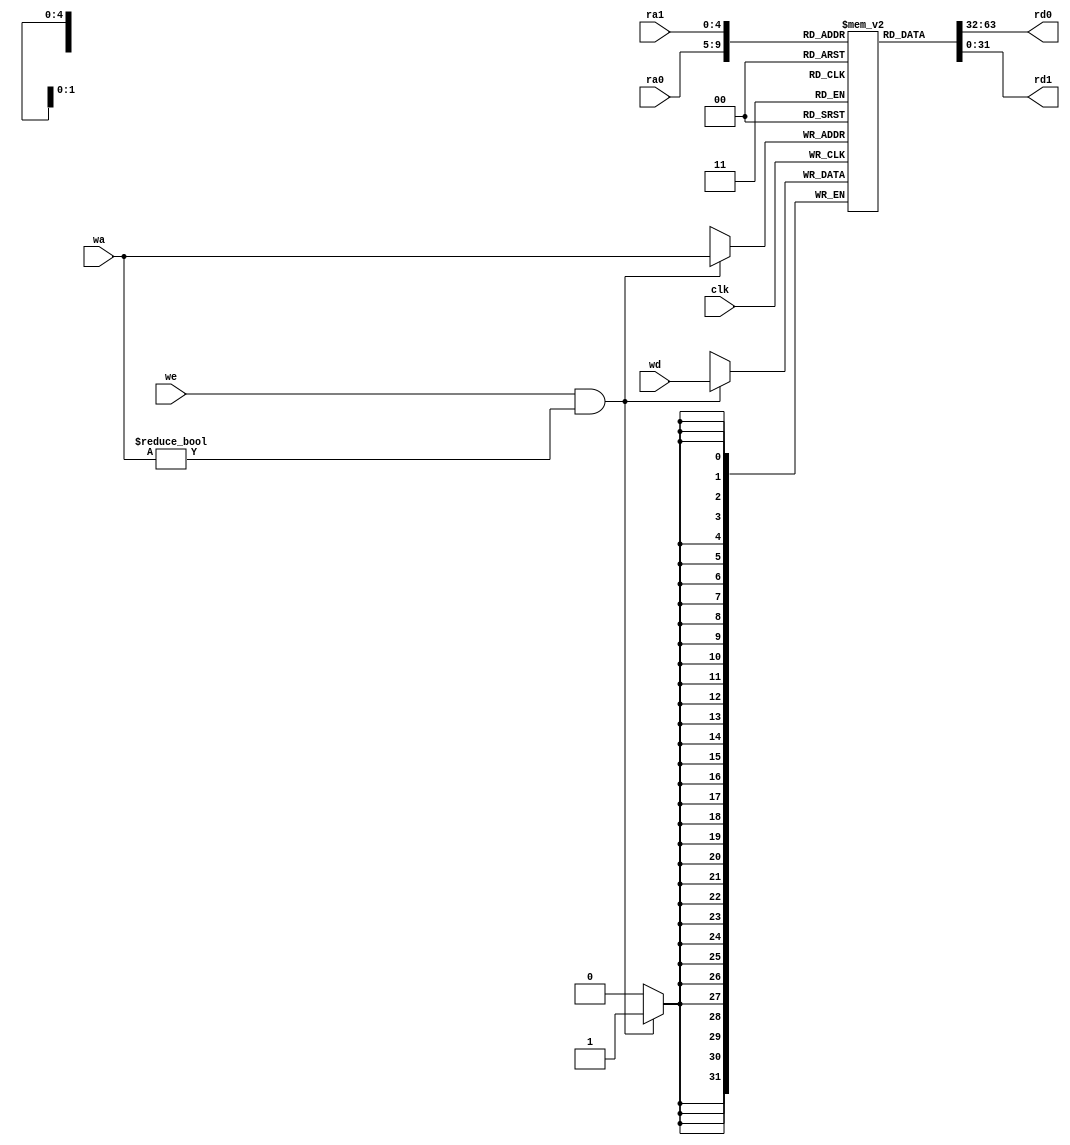
`timescale 1ns / 1ps
//////////////////////////////////////////////////////////////////////////////////
// Company: 
// Engineer: 
// 
// Design Name: 
// Module Name: register_file
// Project Name: 
// Target Devices: 
// Tool Versions: 
// Description: 
// 
// Dependencies: 
// 
// Revision:
// Revision 0.01 - File Created
// Additional Comments:
// 
//////////////////////////////////////////////////////////////////////////////////


module register_file
    #(parameter WIDTH = 32)
    (input clk,
    input [4:0] ra0,
    output [WIDTH-1:0] rd0,
    input [4:0] ra1,
    output [WIDTH-1:0] rd1,
    input [4:0] wa,
    input we,
    input [WIDTH-1:0] wd
    );
    
reg [WIDTH-1:0] r[0:31];
integer i;

initial
    for (i=0; i<=31; i=i+1)
        r[i] = 0;
        
always@(posedge clk)
begin
    if(we && (wa != 0))
        r[wa] <= wd;
end
assign rd0 = r[ra0];
assign rd1 = r[ra1];
endmodule